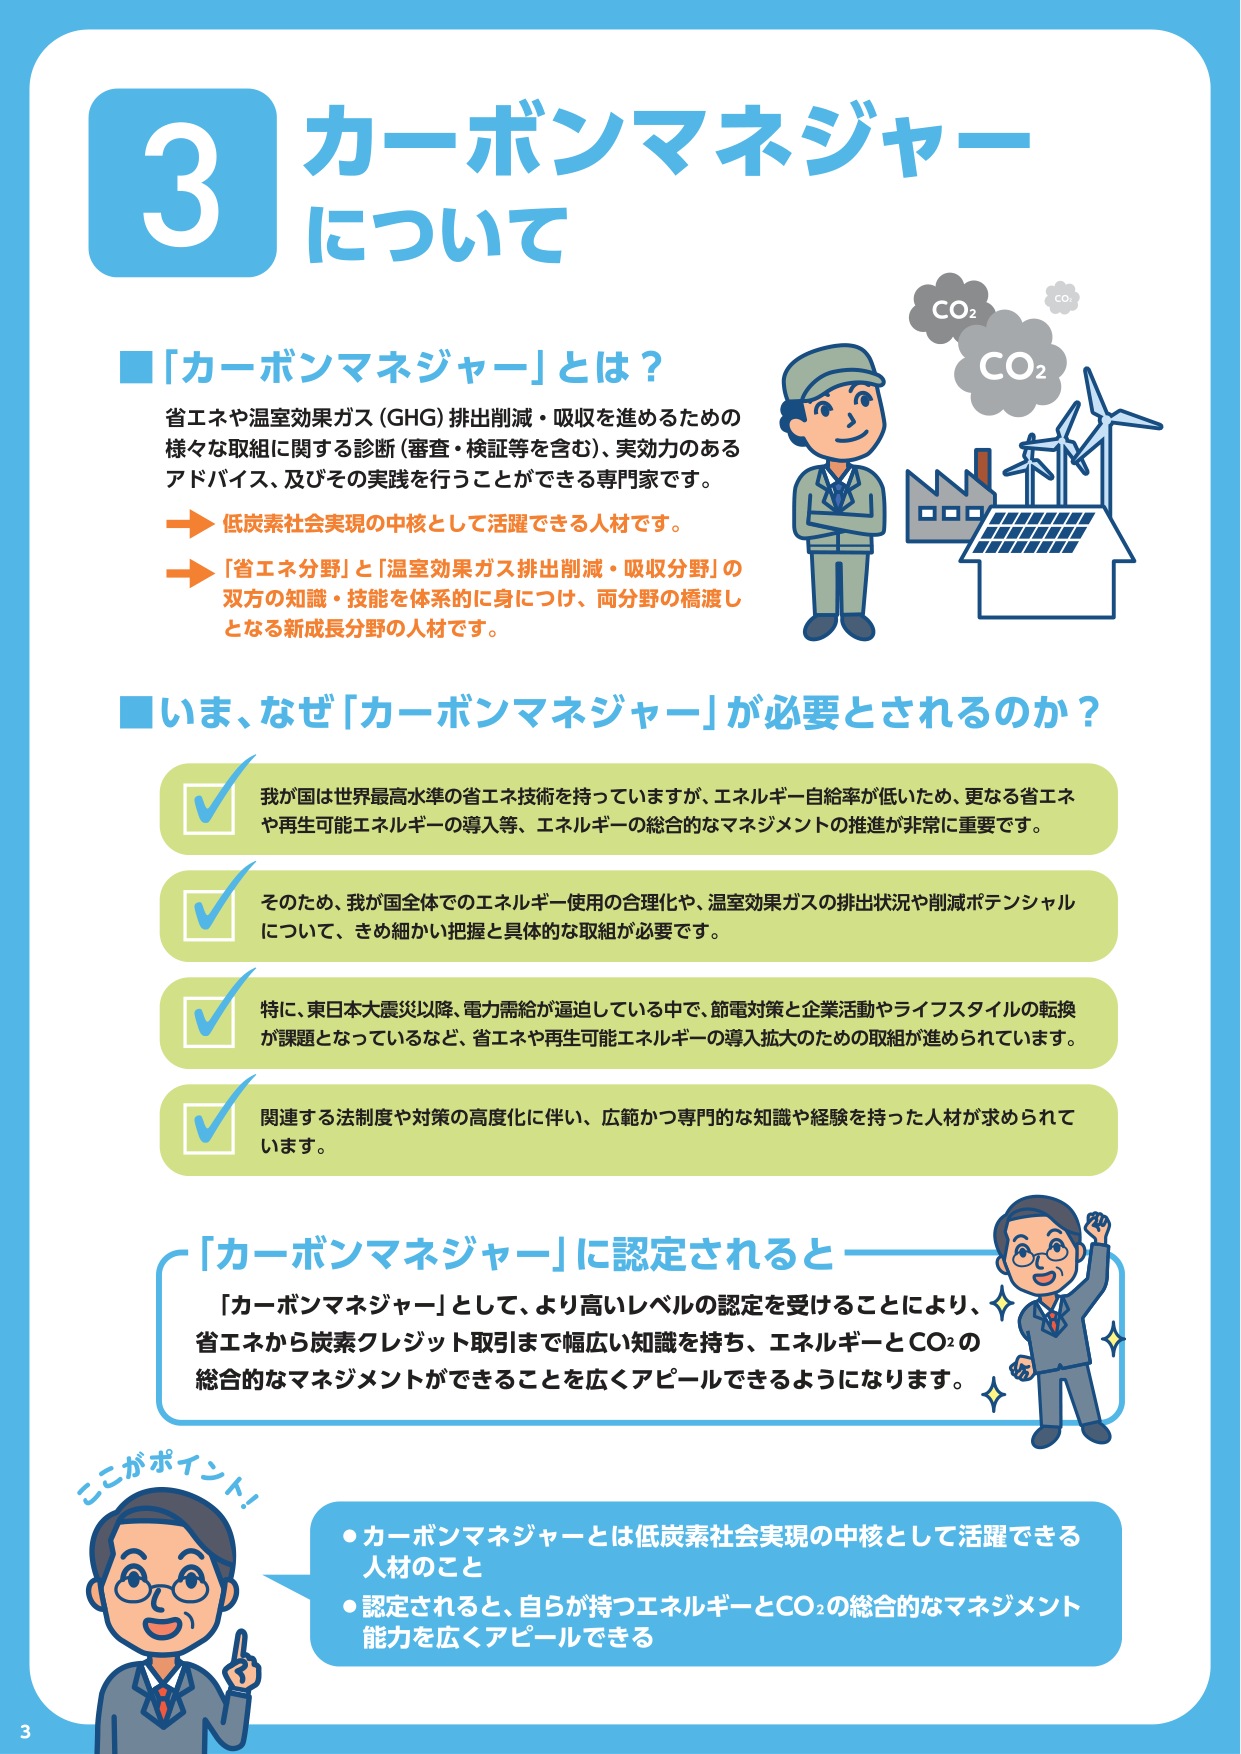
3 カーボンマネジャー について

■「カーボンマネジャー」とは？
省エネや温室効果ガス（GHG）排出削減・吸収を進めるための
様々な取組に関する診断（審査・検証等を含む）、実効力のある
アドバイス、及びその実践を行うことができる専門家です。
→ 低炭素社会実現の中核として活躍できる人材です。
→ 「省エネ分野」と「温室効果ガス排出削減・吸収分野」の
双方の知識・技能を体系的に身につけ、両分野の橋渡し
となる新成長分野の人材です。

■いま、なぜ「カーボンマネジャー」が必要とされるのか？
✓ 我が国は世界最高水準の省エネ技術を持っていますが、エネルギー自給率が低いため、更なる省エネ
や再生可能エネルギーの導入等、エネルギーの総合的なマネジメントの推進が非常に重要です。
✓ そのため、我が国全体でのエネルギー使用の合理化や、温室効果ガスの排出状況や削減ポテンシャル
について、きめ細かい把握と具体的な取組が必要です。
✓ 特に、東日本大震災以降、電力需給が逼迫している中で、節電対策と企業活動やライフスタイルの転換
が課題となっているなど、省エネや再生可能エネルギーの導入拡大のための取組が進められています。
✓ 関連する法制度や対策の高度化に伴い、広範かつ専門的な知識や経験を持った人材が求められてい
ます。

「カーボンマネジャー」に認定されると
「カーボンマネジャー」として、より高いレベルの認定を受けることにより、
省エネから炭素クレジット取引まで幅広い知識を持ち、エネルギーとCO₂の
総合的なマネジメントができることを広くアピールできるようになります。

ここがポイント！
・カーボンマネジャーとは低炭素社会実現の中核として活躍できる
人材のこと
・認定されると、自らが持つエネルギーとCO₂の総合的なマネジメント
能力を広くアピールできる

CO₂
CO₂
CO₂